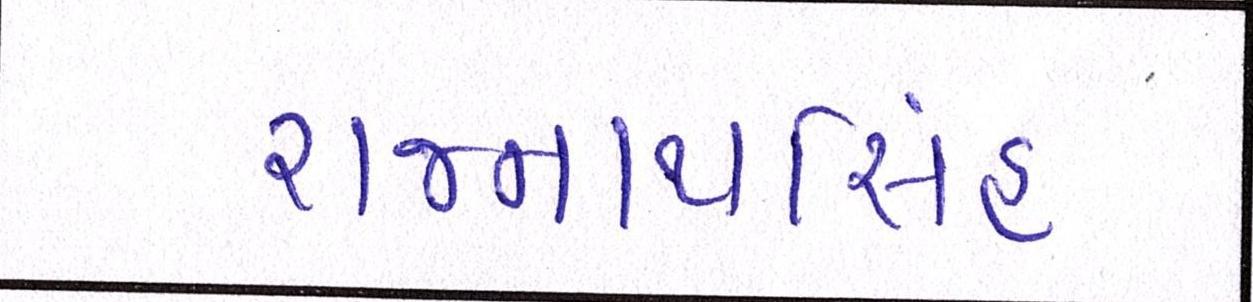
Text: રાજનાથસિંહ